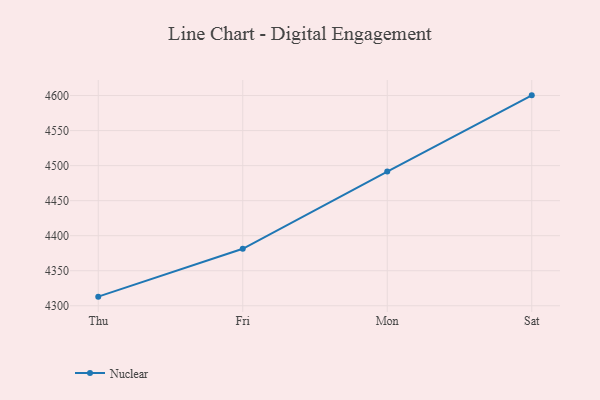
{"axis": {"x": "Day", "y": "Conversion Rate (%)"}, "legend": ["Nuclear"], "data": [{"x": "Thu", "y": 4313.0, "type": "Nuclear"}, {"x": "Fri", "y": 4381.3, "type": "Nuclear"}, {"x": "Mon", "y": 4491.5, "type": "Nuclear"}, {"x": "Sat", "y": 4600.3, "type": "Nuclear"}]}